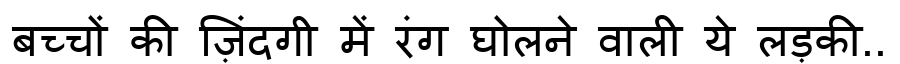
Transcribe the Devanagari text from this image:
बच्चों की ज़िंदगी में रंग घोलने वाली ये लड़की..